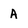
Character: A